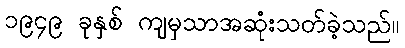
၁၉၄၉ ခုနှစ် ကျမှသာအဆုံးသတ်ခဲ့သည်။